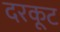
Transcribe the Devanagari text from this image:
दरकूट